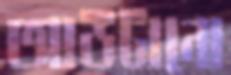
আউটানো